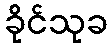
ခိုင်သုခ